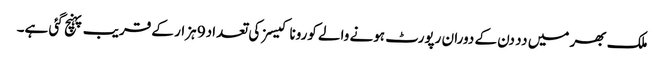
ملک بھر میں دد دن کے دوران رپورٹ ہونے والے کورونا کیسز کی تعداد9 ہزار کے قریب پہنچ گئی ہے۔